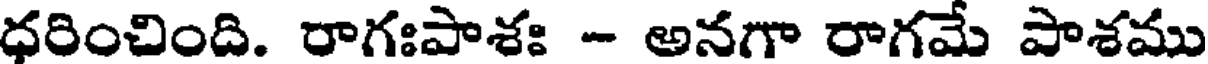
ధరించింది. రాగఃపాశః - అనగా రాగమే పాశము